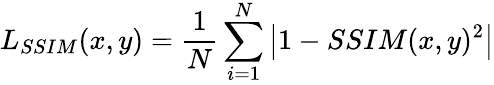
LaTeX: L_{SSIM}(x,y)=\frac{1}{N}\sum_{i=1}^{N}\left|1-SSIM(x,y)^{2}\right|